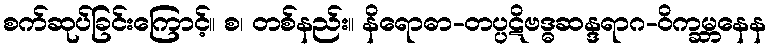
စက်ဆုပ်ခြင်းကြောင့်။ စ၊ တစ်နည်း။ နိရောဓာ-တပ္ပဋိဗဒ္ဓဆန္ဒရာဂ-ဝိက္ခမ္ဘနေန